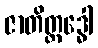
ဇာတိတ္ထဒ္ဓေါ